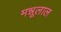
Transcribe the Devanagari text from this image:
मन्नूलाल